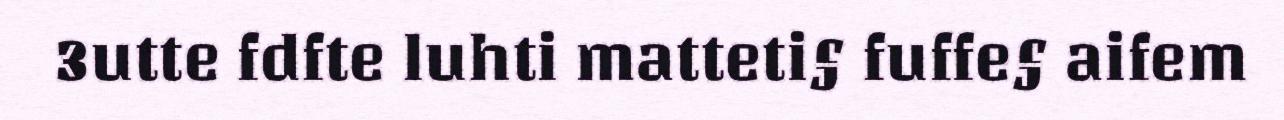
3utte fdfte luhti matteti§ fuffe§ aifem